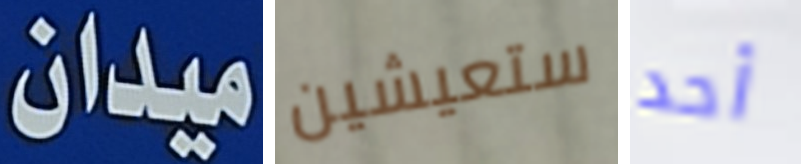
ميدان ستعيشين أحد